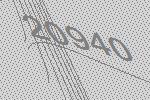
20940